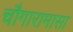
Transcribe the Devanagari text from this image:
चौगारामासा